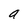
Character: a